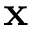
{ \bf x }